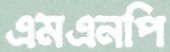
এমএনপি